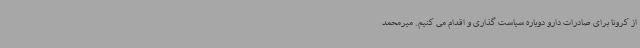
از کرونا برای صادرات دارو دوباره سیاست گذاری و اقدام می کنیم. میرمحمد